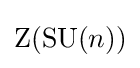
\mathrm {Z} (\mathrm {SU} (n))